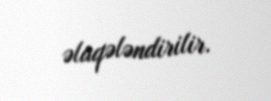
əlaqələndirilir.